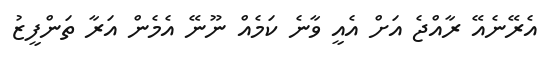
އެރޭނެއޭ ރާއްޖެ އަށް އެއީ ވާނެ ކަމެއް ނޫނޭ އެމެން އަރާ ތަންފީޒު